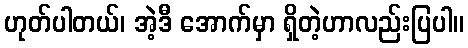
ဟုတ်ပါတယ်၊ အဲ့ဒီ အောက်မှာ ရှိတဲ့ဟာလည်းပြပါ။